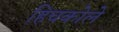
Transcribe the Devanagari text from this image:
हिचकोले